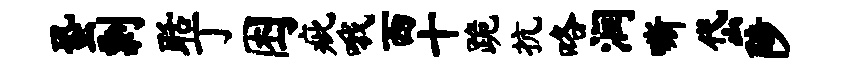
蛩剽聒丁困疵哦西十跪抗咯润嘶岱陟